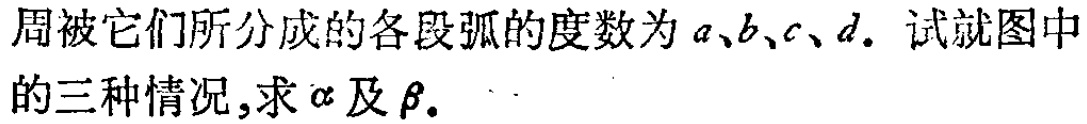
周被它们所分成的各段弧的度数为\(a、b、c、d\)。试就图中的三种情况,求\(\alpha\)及\(\beta\)。